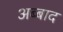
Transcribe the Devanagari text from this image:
अब्बाद